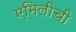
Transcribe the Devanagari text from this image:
एमिलीची